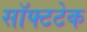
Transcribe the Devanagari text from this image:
सॉफ्टटेक